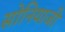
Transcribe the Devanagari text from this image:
सोनियाजी